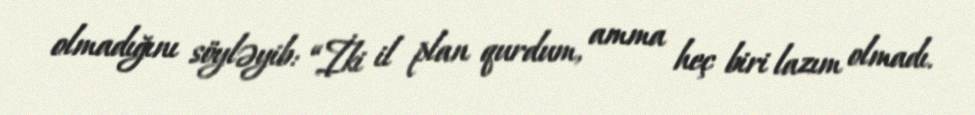
olmadığını söyləyib: “İki il plan qurdum, amma heç biri lazım olmadı.